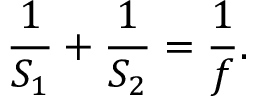
{ \frac { 1 } { S _ { 1 } } } + { \frac { 1 } { S _ { 2 } } } = { \frac { 1 } { f } } .